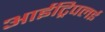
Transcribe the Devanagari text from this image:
आईट्रिपलई